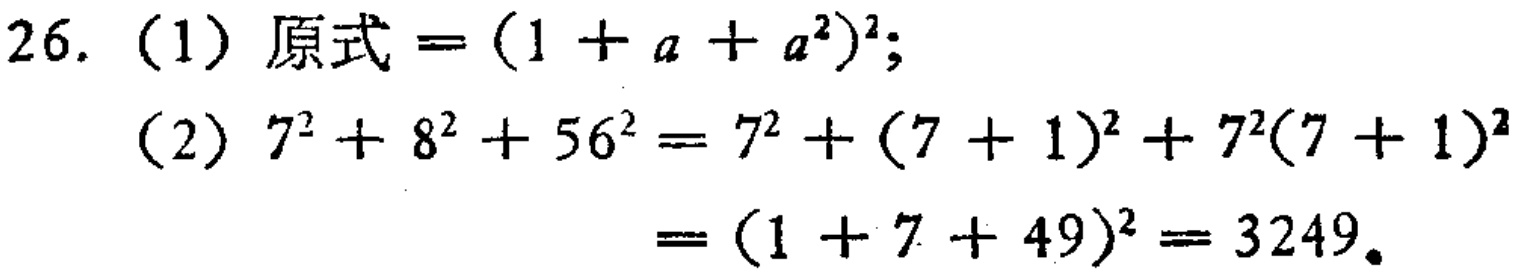
26. （1）原式\(=(1 + a + a^{2})^{2}\);

（2）\(7^{2}+8^{2}+56^{2}=7^{2}+(7 + 1)^{2}+7^{2}(7 + 1)^{2}\)

\(=(1 + 7 + 49)^{2}=3249\)。